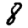
Digit: 8